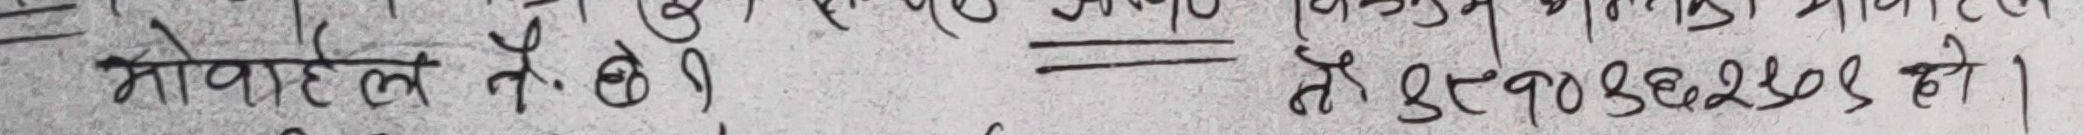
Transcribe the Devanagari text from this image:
मोबाईल नं. छैन्। = भेटनुभएदछ हो।